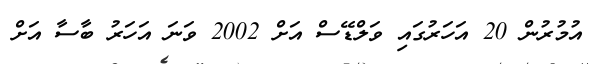
އުމުރުން 20 އަހަރުގައި ވަލްޑޭސް އަށް 2002 ވަނަ އަހަރު ބާސާ އަށް